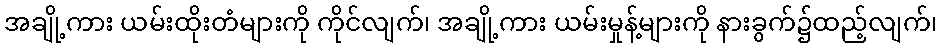
အချို့ကား ယမ်းထိုးတံများကို ကိုင်လျက်၊ အချို့ကား ယမ်းမှုန့်များကို နားခွက်၌ထည့်လျက်၊